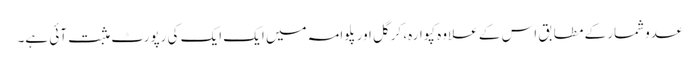
عدوشمار کے مطابق اس کے علاوہ کپوارہ، کرگل اور پلوامہ میں ایک ایک کی رپورٹ مثبت آئی ہے۔